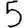
Digit: 5